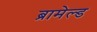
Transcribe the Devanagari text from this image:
ब्रामेल्ड